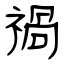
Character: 禍